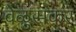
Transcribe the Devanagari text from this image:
वेळुसकर